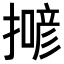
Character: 𢵲